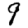
Digit: 9